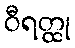
ဝီရတ္ထု